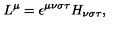
L ^ { \mu } = \epsilon ^ { \mu \nu \sigma \tau } H _ { \nu \sigma \tau } ,